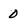
Character: 0